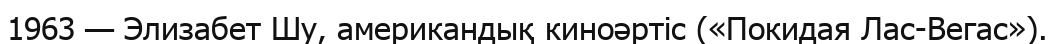
1963 — Элизабет Шу, американдық киноәртіс («Покидая Лас-Вегас»).